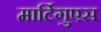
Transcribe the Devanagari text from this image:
मार्टिगुएस